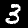
Digit: 3